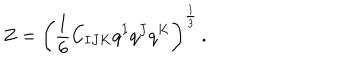
LaTeX: Z = \left( \frac 1 6 C _ { I J K } q ^ { I } q ^ { J } q ^ { K } \right) ^ { \frac 1 3 } \, .